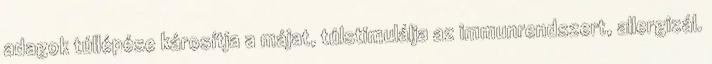
adagok túllépése károsítja a májat, túlstimulálja az immunrendszert, allergizál.